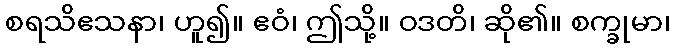
စရသိဧသနာ၊ ဟူ၍။ ဧဝံ၊ ဤသို့။ ဝဒတိ၊ ဆို၏။ စက္ခုမာ၊